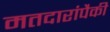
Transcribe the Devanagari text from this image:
मतदारांपैकी